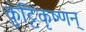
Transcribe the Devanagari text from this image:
कुट्टिकृष्णन्